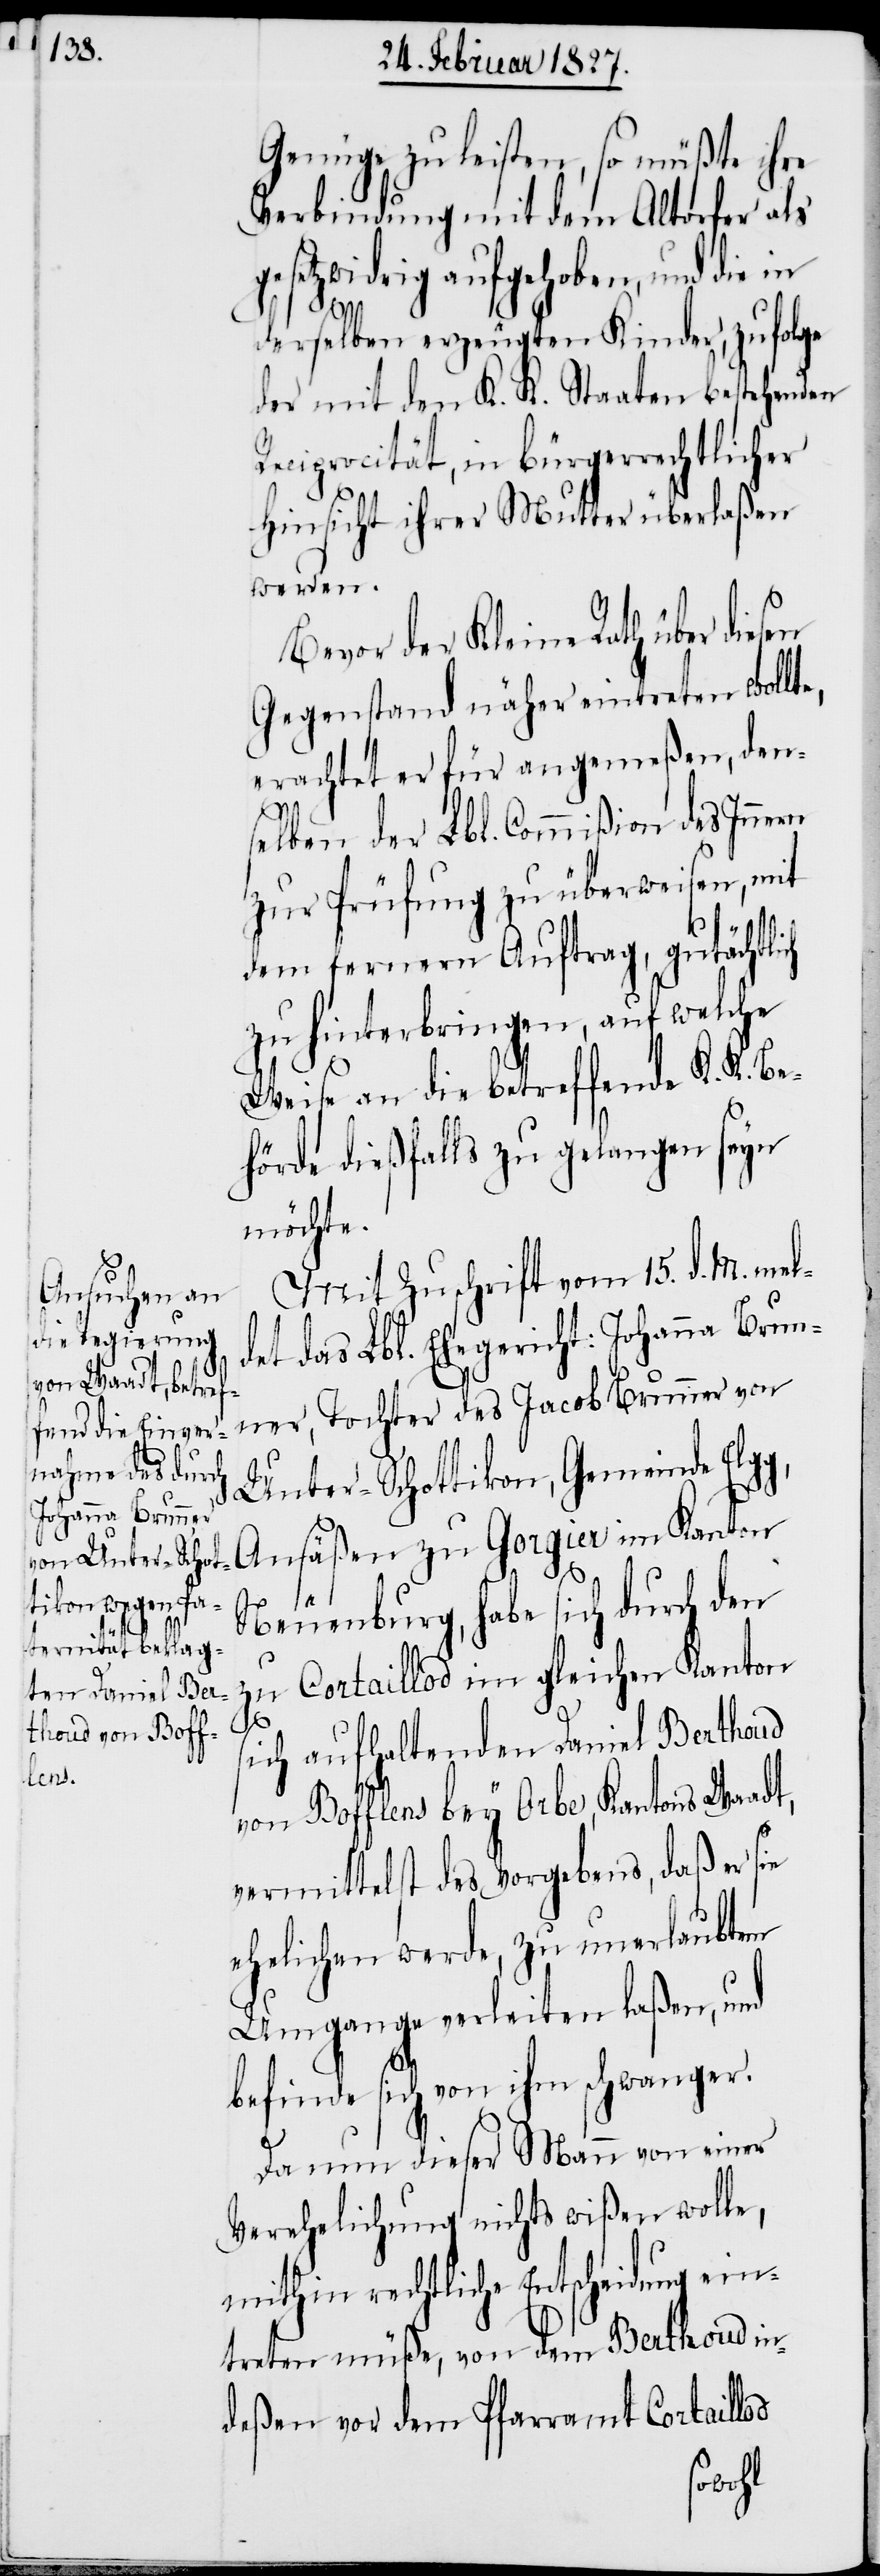
Genüge zu leisten, so müßte ihre
Verbindung mit dem Altorfer als
gesetzwidrig aufgehoben, und die in
derselben erzeugten Kinder, zufolge
der mit den K. K. Staaten bestehenden
Reciprocität, in bürgerrechtlicher
Hinsicht ihrer Mutter überlaßen
werden.
Bevor der Kleine Rath über
Gegenstand näher eintreten wollte,
erachtet er für angemeßen, den¬
selben der Lbl. Commißion des Innern
zur Prüfung zu überweisen, mit
dem fernern Auftrag, gutächtlich
zu hinterbringen, auf welche
Weise an die betreffende K. K. Be¬
hörde dießfalls zu gelangen seyn
möchte.
Mit Zuschrift vom 15. d. M. mel¬
det das Lbl. Ehegericht: Johanna Brun¬
ner, Tochter des Jacob Brunner von
Unter-Schottikon, Gemeinde Elgg,
Ansäßen zu Gorgier im Kanton
Neuenburg, habe sich durch den
zu Cortaillod im gleichen Kanton
s¬
ich aufhaltenden Daniel Berthoud
von Bofflens bey Orbe, Kantons Waadt,
vermittelst des Vorgebens, daß er sie
ehelichen werde, zu unerlaubtem
Umgange verleiten laßen, und
befinde sich von ihm schwanger.
Da nun dieser Mann von einer
Verehelichung nichts wißen wolle,
mithin rechtliche Entscheidung ein¬
treten müße, von dem Berthoud in¬
deßen vor dem Pfarramt Cortaillod